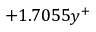
+ 1 . 7 0 5 5 y ^ { + }